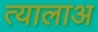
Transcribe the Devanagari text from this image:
त्यालाअ